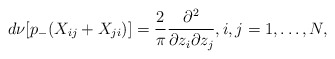
\begin{align*} d\nu[p_-(X_{ij}+X_{ji})]=\frac{2}{\pi}\frac{\partial^2}{\partial z_i\partial z_j},i,j=1,\ldots, N,\end{align*}